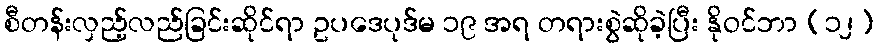
စီတန်းလှည့်လည်ခြင်းဆိုင်ရာ ဥပဒေပုဒ်မ ၁၉ အရ တရားစွဲဆိုခဲ့ပြီး နိုဝင်ဘာ (၁၂)